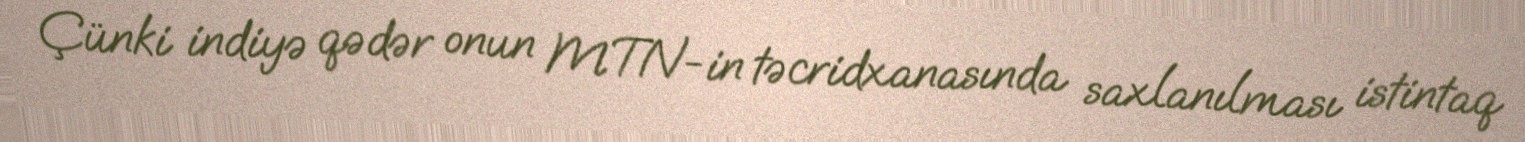
Çünki indiyə qədər onun MTN-in təcridxanasında saxlanılması istintaq